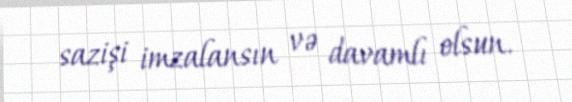
sazişi imzalansın və davamlı olsun.